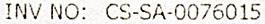
INV NO: CS-SA-0076015